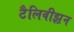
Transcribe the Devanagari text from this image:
टैलिवीझ़न